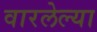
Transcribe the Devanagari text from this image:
वारलेल्या